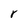
Character: r